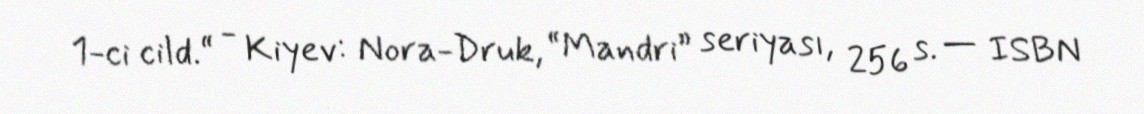
1-ci cild.“ - Kiyev: Nora-Druk, “Mandri” seriyası, 256 s. — ISBN